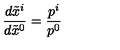
\frac { d \tilde { x } ^ { i } } { d \tilde { x } ^ { 0 } } = \frac { p ^ { i } } { p ^ { 0 } }